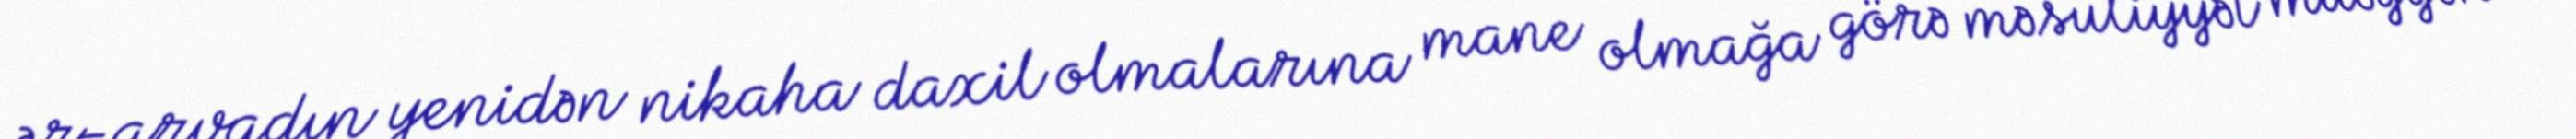
ər-arvadın yenidən nikaha daxil olmalarına mane olmağa görə məsuliyyət müəyyən